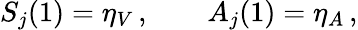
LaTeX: S_{j}(1)=\eta_{V}\, ,\qquad A_{j}(1)=\eta_{A}\, ,